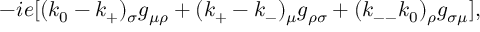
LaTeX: \displaystyle - i e [ ( k _ { 0 } - k _ { + } ) _ { \sigma } g _ { \mu \rho } + ( k _ { + } - k _ { - } ) _ { \mu } g _ { \rho \sigma } + ( k _ { -- } k _ { 0 } ) _ { \rho } g _ { \sigma \mu } ] ,